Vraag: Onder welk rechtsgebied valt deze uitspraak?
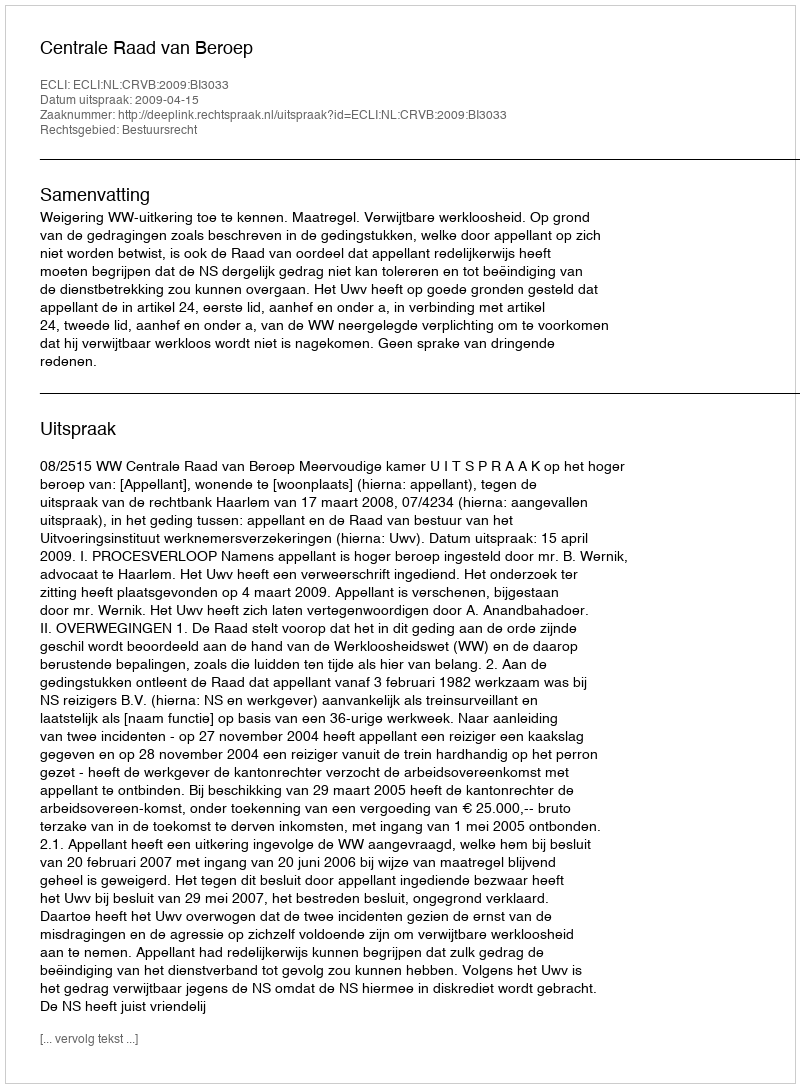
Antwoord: Bestuursrecht